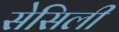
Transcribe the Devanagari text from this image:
सेसिली